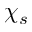
\chi _ { s }